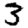
Digit: 3